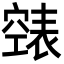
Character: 𮄏